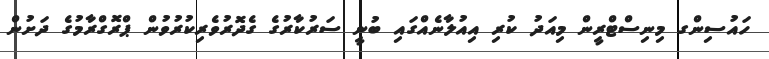
ހައުސިންގ މިނިސްޓްރީން މިއަދު ކުރި އިއުލާނެއްގައި ބުނީ ސަރުކާރުގެ ގެދޮރުވެރިކުރުވުން ޕްރޮގްރާމުގެ ދަށުން